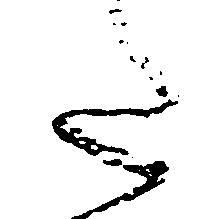
た